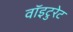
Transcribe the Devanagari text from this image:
वॉइटुरेट